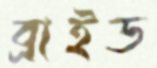
ব্রাইড